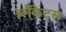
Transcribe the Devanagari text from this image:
ब्लैंकेट्स